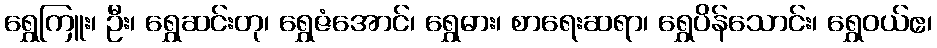
ရွှေကြူး၊ ဦး၊ ရွှေဆင်းတု၊ ရွှေဇံအောင်၊ ရွှေဓား၊ စာရေးဆရာ၊ ရွှေပိန်သောင်း၊ ရွှေဝယ်ဧ၊